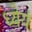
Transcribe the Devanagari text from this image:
ध्येयं